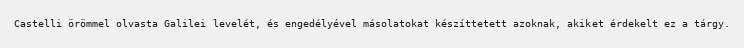
Castelli örömmel olvasta Galilei levelét, és engedélyével másolatokat készíttetett azoknak, akiket érdekelt ez a tárgy.